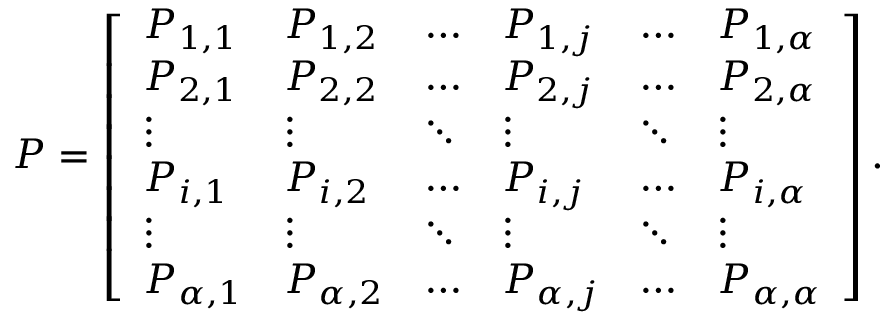
P = \left[ { \begin{array} { l l l l l l } { P _ { 1 , 1 } } & { P _ { 1 , 2 } } & { \dots } & { P _ { 1 , j } } & { \dots } & { P _ { 1 , \alpha } } \\ { P _ { 2 , 1 } } & { P _ { 2 , 2 } } & { \dots } & { P _ { 2 , j } } & { \dots } & { P _ { 2 , \alpha } } \\ { \vdots } & { \vdots } & { \ddots } & { \vdots } & { \ddots } & { \vdots } \\ { P _ { i , 1 } } & { P _ { i , 2 } } & { \dots } & { P _ { i , j } } & { \dots } & { P _ { i , \alpha } } \\ { \vdots } & { \vdots } & { \ddots } & { \vdots } & { \ddots } & { \vdots } \\ { P _ { \alpha , 1 } } & { P _ { \alpha , 2 } } & { \dots } & { P _ { \alpha , j } } & { \dots } & { P _ { \alpha , \alpha } } \end{array} } \right] .